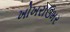
ખોખરાઉમર